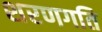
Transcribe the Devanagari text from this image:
शरणगति